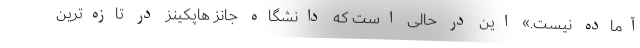
آماده نیست.» این در حالی است که دانشگاه جانز هاپکینز در تازه‌ترین